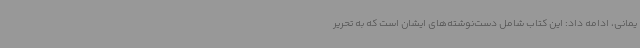
یمانی، ادامه داد: این کتاب شامل دست‌نوشته‌های ایشان است که به تحریر